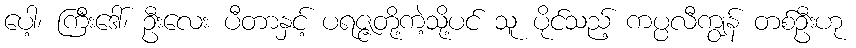
ပေါ့၊ ကြီးဒေါ်၊ ဦးလေး ပီတာနှင့် ပရဇ္ဇတို့ကဲ့သို့ပင် သူ ပိုင်သည့် ကပ္ပလီကျွန် တစ်ဦးဟု